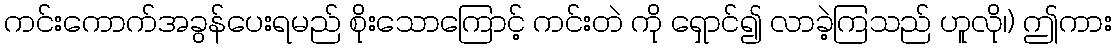
ကင်းကောက်အခွန်ပေးရမည် စိုးသောကြောင့် ကင်းတဲ ကို ရှောင်၍ လာခဲ့ကြသည် ဟူလို၊) ဤကား